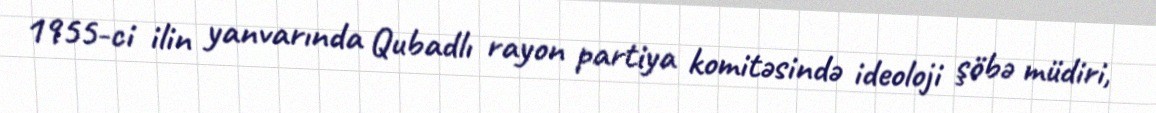
1955-ci ilin yanvarında Qubadlı rayon partiya komitəsində ideoloji şöbə müdiri,